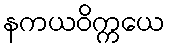
နကယဝိက္ကယေ